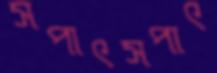
সপাৎসপাৎ